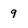
Character: 9